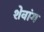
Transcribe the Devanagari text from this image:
शेवांग